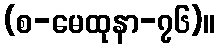
(စ-မေထုနာ-၇၆)။